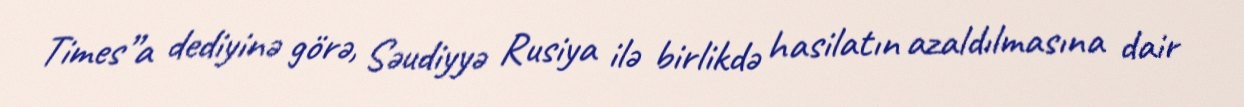
Times”a dediyinə görə, Səudiyyə Rusiya ilə birlikdə hasilatın azaldılmasına dair